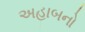
અહાબનો